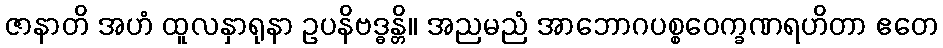
ဇာနာတိ အဟံ ထူလနှာရုနာ ဥပနိဗဒ္ဓန္တိ။ အညမညံ အာဘောဂပစ္စဝေက္ခဏရဟိတာ ဧတေ